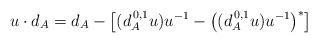
LaTeX: \begin{align*}u\cdot d_A = d_A -\big[(d_A^{\, 0,1}u)u^{-1} - \big((d_A^{\, 0,1}u)u^{-1}\big)^*\big]\end{align*}